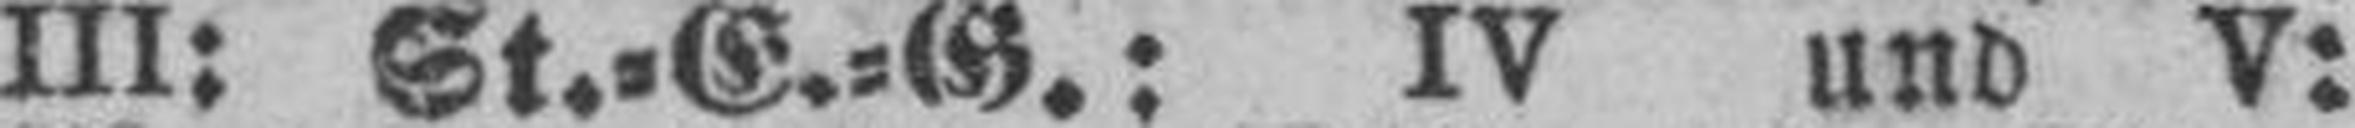
III: St.=E.=G.: IV und V: